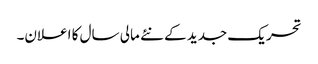
تحریک جدید کے نئے مالی سال کا اعلان۔